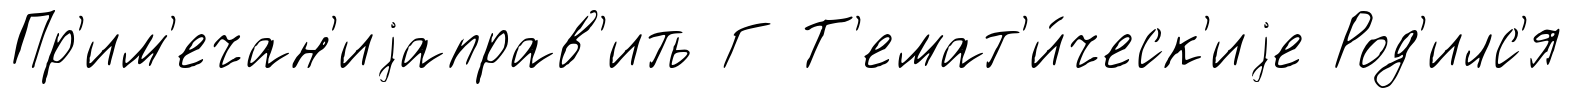
Пр'им'ечан'иjаправ'ить Г Т'емат'и́ческ'иjе Род'илс'я